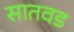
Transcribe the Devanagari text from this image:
सातवड